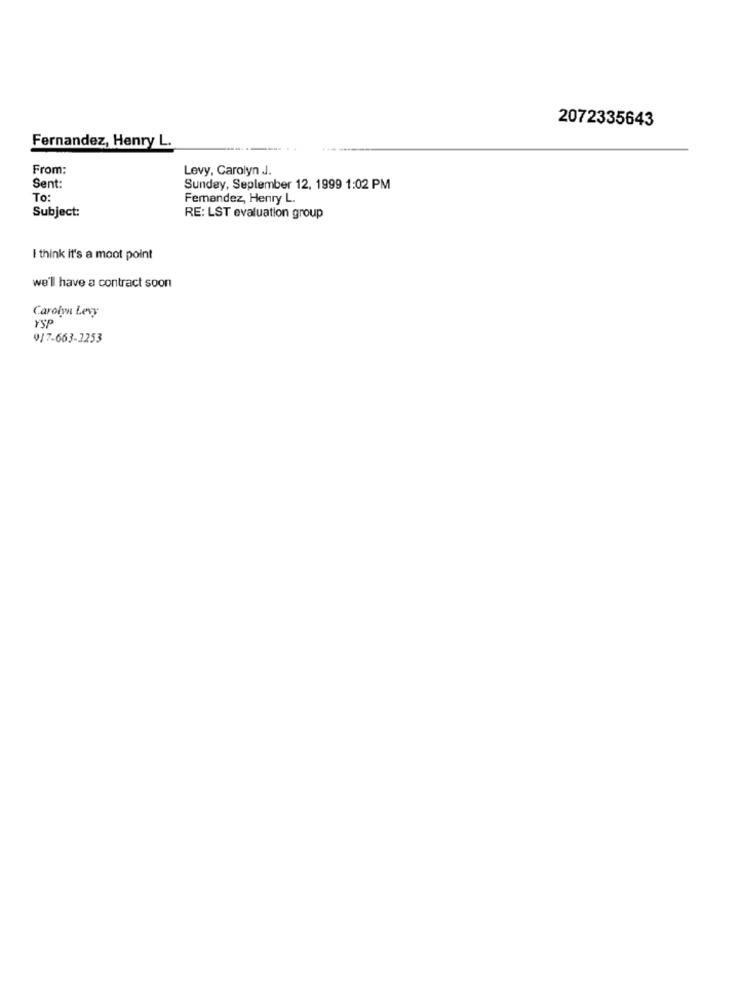
2072335643
Fernandez, Henry L.
From:
Levy, Carolyn J.
Sent:
Sunday, Seplember 12, 1999 1:02 PM
To:
Femandez, Henry L.
Subject:
RE: LST evaluation group
I think it's a moot point
we'll have a contract soon
Carolyn Levy
YSP
9/7-663-3253